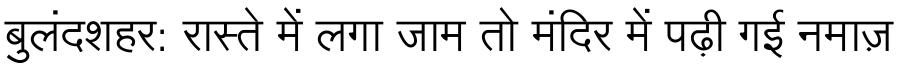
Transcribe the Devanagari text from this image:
बुलंदशहर: रास्ते में लगा जाम तो मंदिर में पढ़ी गई नमाज़